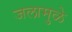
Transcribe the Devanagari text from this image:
जलामुळे